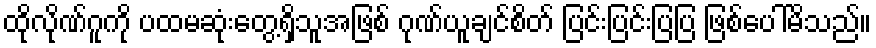
ထိုလိုဏ်ဂူကို ပထမဆုံးတွေ့ရှိသူအဖြစ် ဂုဏ်ယူချင်စိတ် ပြင်းပြင်းပြပြ ဖြစ်ပေါ်မိသည်။